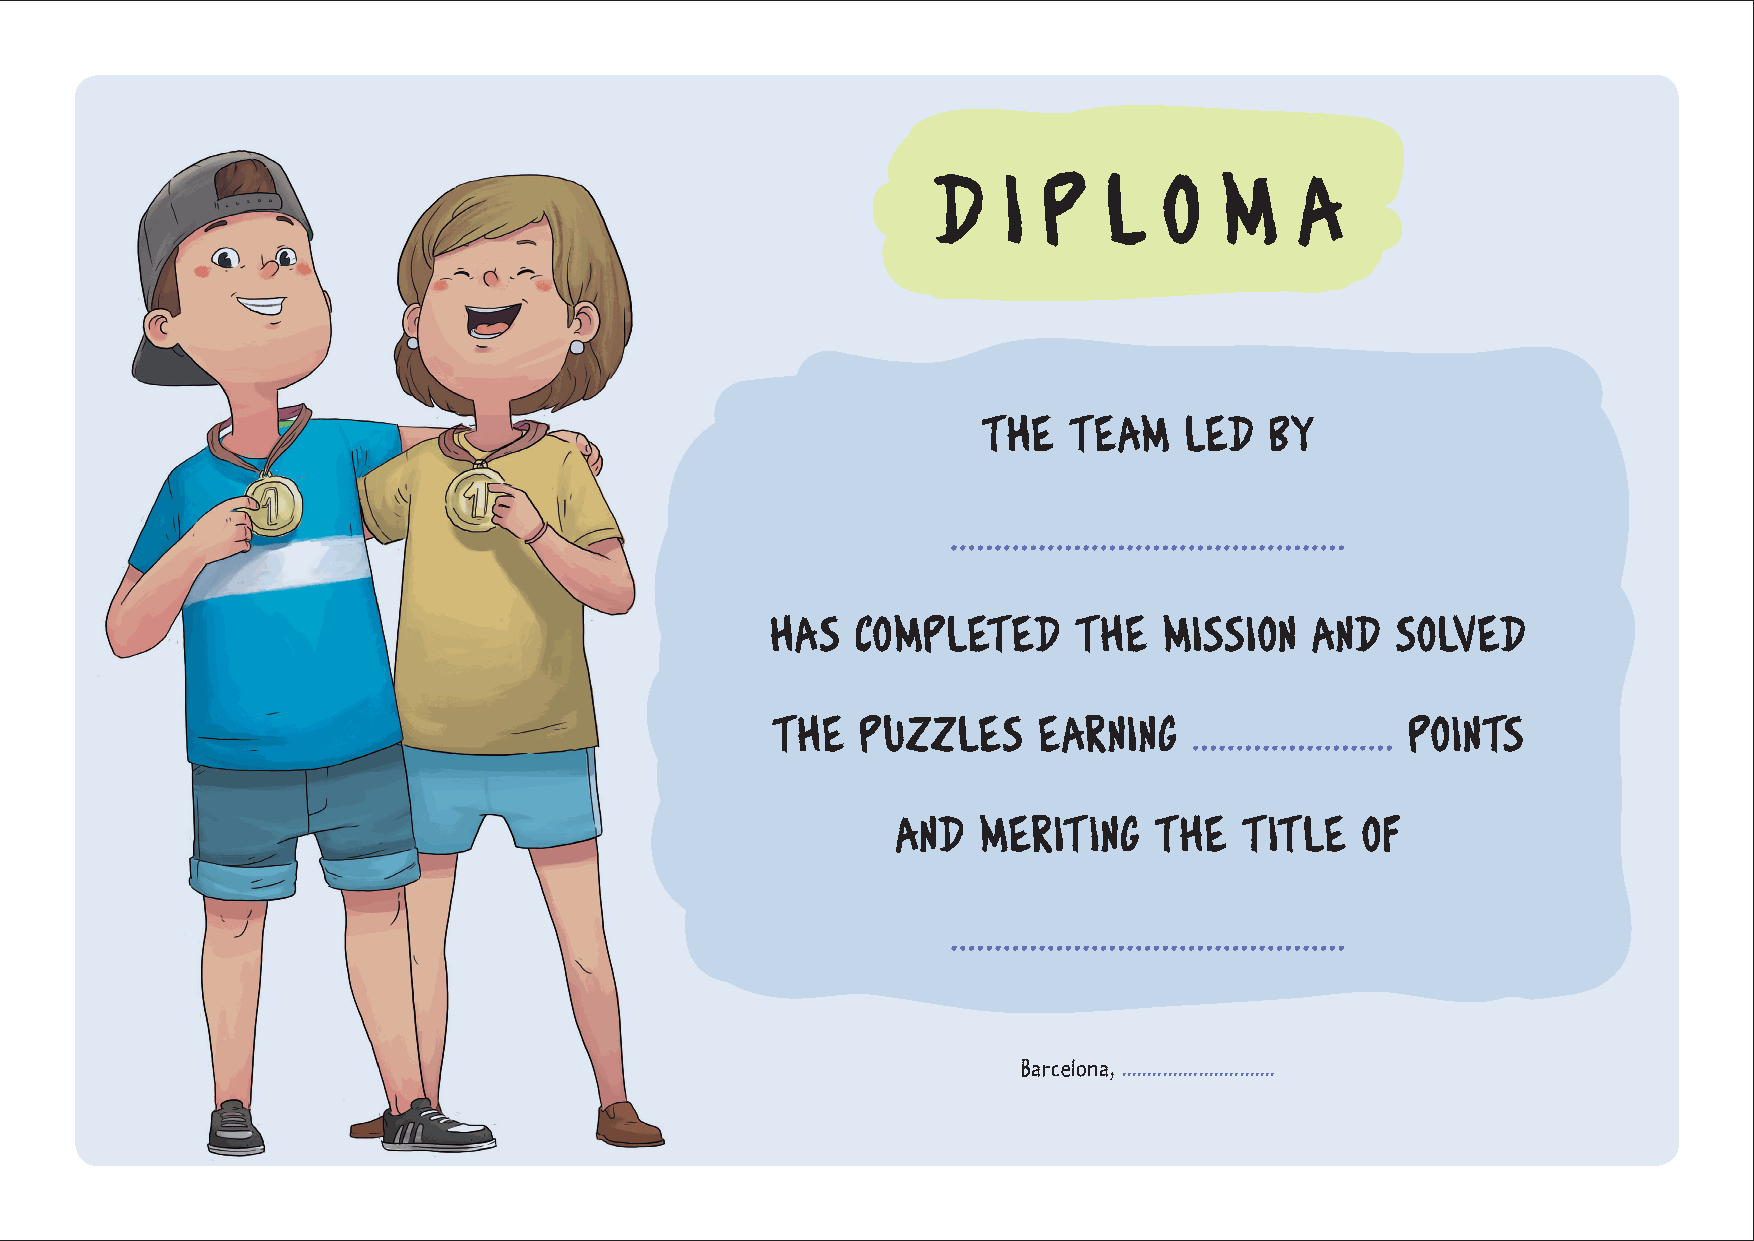
D   i  p   l   o   m    a
 THE   TEAM   LED   BY
 .............................................
 HAS   COMPLETED     THE   MISSION   AND  SOLVED
 THE   PUZZLES     EARNING   ....................... pOINTS
 and   meriting   the   title   of
 .............................................
 Barcelona, ..............................
 Barcelona, ..............................